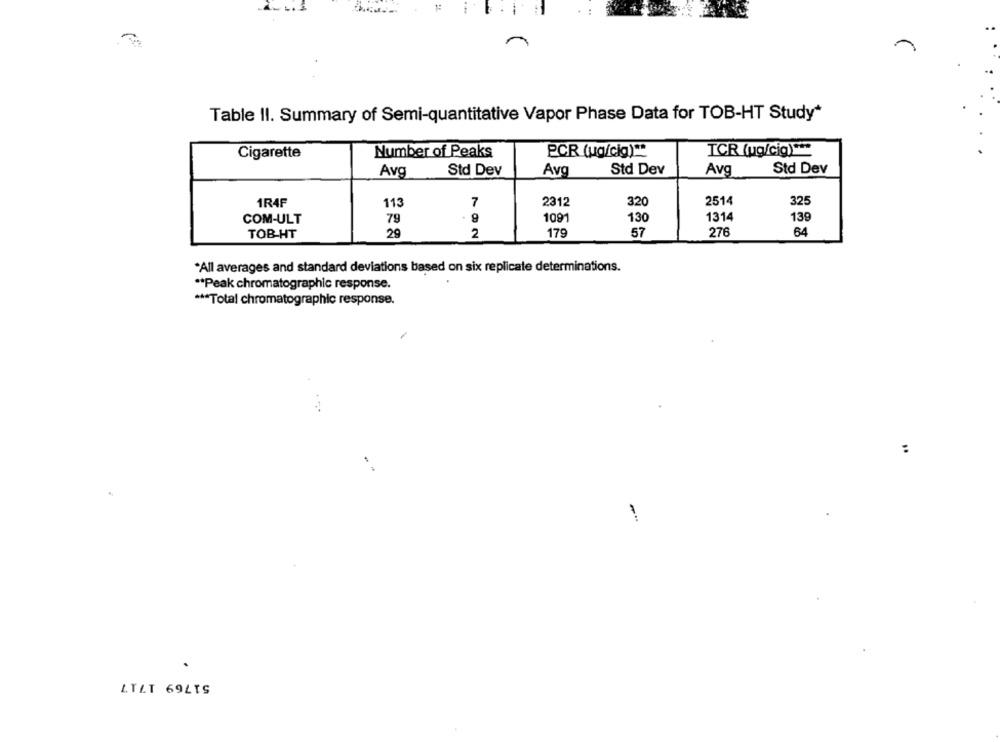
Table II. Summary of Semi-quantitative Vapor Phase Data for TOB-HT Study*
.
Cigarette
Number of Peaks
PCR (ug/cig) **
TCR (vg/cig) ***
Std Dev
Std Dev
Std Dev
Avg
Avg
Avg
2514
325
1R4F
113
7
2312
320
COM-ULT
79
9
1091
130
1314
139
TOB-HT
29
2
179
57
276
64
*All averages and standard deviations based on six replicate determinations.
** Peak chromatographic response.
*** Total chromatographic response.
:
-*
LTLT 69LTS